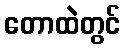
တောထဲတွင်